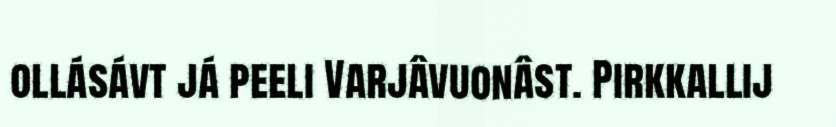
ollásávt já peeli Varjâvuonâst. Pirkkallij